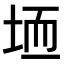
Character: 𫭱